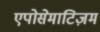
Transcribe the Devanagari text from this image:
एपोसेमाटिज़म